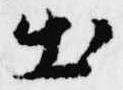
出